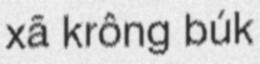
xã krông búk